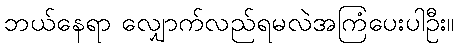
ဘယ်နေရာ လျှောက်လည်ရမလဲအကြံပေးပါဦး။